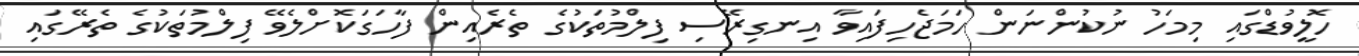
ހޮލީވުޑްގައި މިމަހު ނުކުންނަން ހަމަޖެހިފައިވާ އިނގިރޭސި ފިލްމުތަކުގެ ތެރެއިން ފާހަގަކޮށްލެވޭ ފިލްމުތަކުގެ ތެރޭގައި